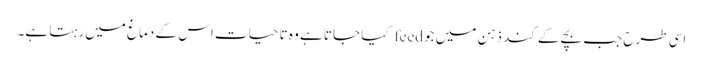
اسی طرح جب بچے کے کند ذہن میں جو feed کیا جاتا ہے وہ تا حیات اس کے دماغ میں رہتا ہے۔